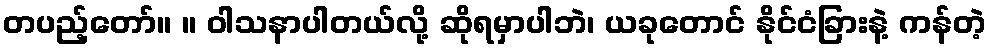
တပည့်တော်။ ။ ဝါသနာပါတယ်လို့ ဆိုရမှာပါဘဲ၊ ယခုတောင် နိုင်ငံခြားနဲ့ ကန်တဲ့